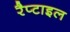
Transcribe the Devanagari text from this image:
रैप्टाइल